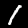
Digit: 1